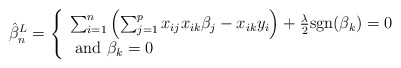
\begin{align*}\hat{\beta}^L_n = \left\{\begin{array}{l}\sum_{i=1}^{n} \left(\sum_{j=1}^{p} x_{ij}x_{ik}\beta_j - x_{ik}y_i\right)+\frac{\lambda}{2}\mbox{sgn}(\beta_k)=0 \\\mbox{ and } \beta_k=0\end{array} \right.\end{align*}